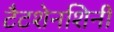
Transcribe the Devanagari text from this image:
टैटशेनशिनी